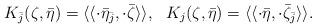
LaTeX: \begin{align*} K_{\bar j}(\zeta,\bar\eta)=\langle\langle \cdot\bar\eta_{\bar j}, \cdot\bar\zeta\rangle\rangle, \ \ K_{j}(\zeta,\bar\eta)=\langle\langle \cdot\bar\eta, \cdot\bar\zeta_{\bar j}\rangle\rangle.\end{align*}